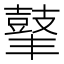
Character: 𪔍